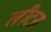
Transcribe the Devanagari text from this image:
लीटर।